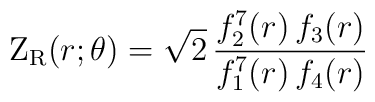
{\rm Z}_{{\rm R}}(r;\theta ) = \sqrt{2} \,{f_2^{7}(r)\,f_3(r) \over  f_1^{7}(r)\,f_4(r)}